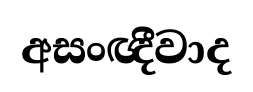
අසංඥීවාද